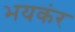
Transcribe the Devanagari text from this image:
भयकंर